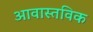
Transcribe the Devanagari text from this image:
आवास्तविक